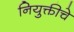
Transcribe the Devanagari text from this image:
नियुक्तीचे